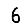
Digit: 6